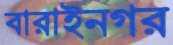
বারাইনগর